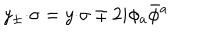
y _ { \pm } { \cdot \sigma } = y { \cdot \sigma } \mp 2 i \phi _ { a } \bar { \phi } { } ^ { a }